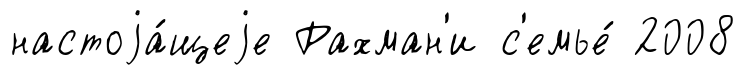
настоjа́щеjе Рахман'и с'емье́ 2008